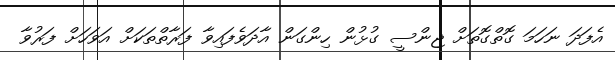
އެފަދަ ނަހަމަ ގޮތްގޮތަށް ޖިންސީ ގުޅުން ހިންގަން އާދަވެފައިވާ ފަރާތްތަކަށް އަވަހަށް ފަރުވާ